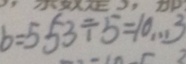
b = 5 5 3 \div 5 = 1 0 \cdots 3